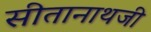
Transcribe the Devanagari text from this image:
सीतानाथजी